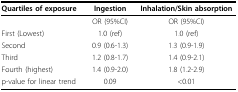
| Quartiles of exposure | Ingestion | Inhalation/Skin absorption |
 | --- | --- | --- |
 |  | OR (95%CI) | OR (95%CI) |
 | First (Lowest) | 1.0 (ref) | 1.0 (ref) |
 | Second | 0.9 (0.6-1.3) | 1.3 (0.9-1.9) |
 | Third | 1.2 (0.8-1.7) | 1.4 (0.9-2.1) |
 | Fourth (highest) | 1.4 (0.9-2.0) | 1.8 (1.2-2.9) |
 | p-value for linear trend | 0.09 | <0.01 |